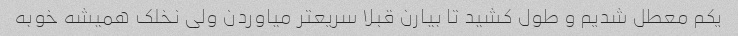
یکم معطل شدیم و طول کشید تا بیارن قبلا سریعتر میاوردن ولی نخلک همیشه خوبه